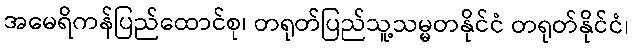
အမေရိကန်ပြည်ထောင်စု၊ တရုတ်ပြည်သူ့သမ္မတနိုင်ငံ တရုတ်နိုင်ငံ၊